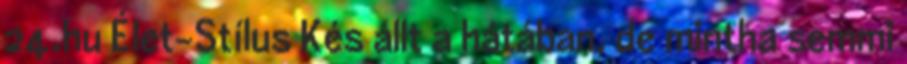
24.hu Élet-Stílus Kés állt a hátában, de mintha semmi